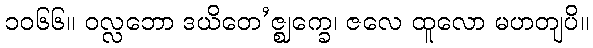
၁၀၆၆။ ဝလ္လဘော ဒယိတေ’ဇ္ဈက္ခေ၊ ဇလေ ထူလော မဟတျပိ။